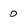
Character: O